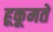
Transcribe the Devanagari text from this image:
हूकूमतें